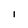
Character: I